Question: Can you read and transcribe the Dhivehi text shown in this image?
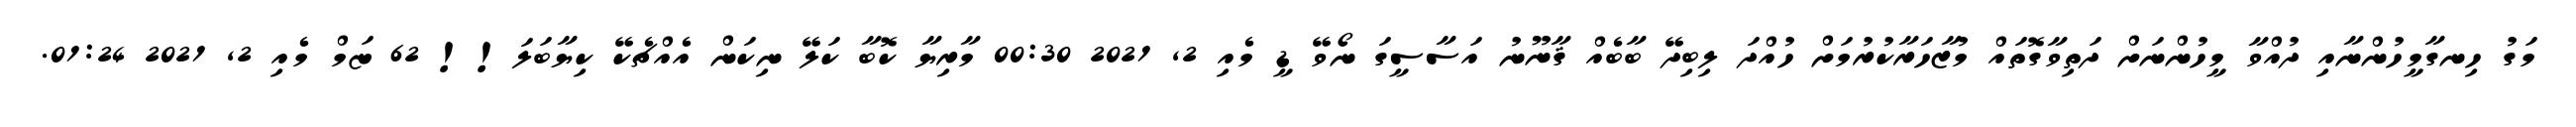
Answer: މަގު ހިނގާމީހުންނާއި ދުއްވާ މީހުންނަށް ދަތިވާގޮތައް މުޒާހަރާކުރުމަށް ހުއްދަ ލިބިދޭ ބާބެއް ޤާނޫނު އަސާސީގަ ނޯވޭ ޑީ މެއި 2, 2021 00:30 މާރިޔާ ކޮބާ ކަލޭ ނިކަން އެއްޗެކޭ ކިޔާބަލަ!! 62 ޏަމް މެއި 2, 2021 01:24.